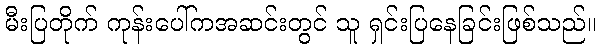
မီးပြတိုက် ကုန်းပေါ်ကအဆင်းတွင် သူ ရှင်းပြနေခြင်းဖြစ်သည်။